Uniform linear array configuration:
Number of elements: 4
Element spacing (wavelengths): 1
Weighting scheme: kaiser
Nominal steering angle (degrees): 15
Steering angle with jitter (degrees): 15.722
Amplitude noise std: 0.05
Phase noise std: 0.05

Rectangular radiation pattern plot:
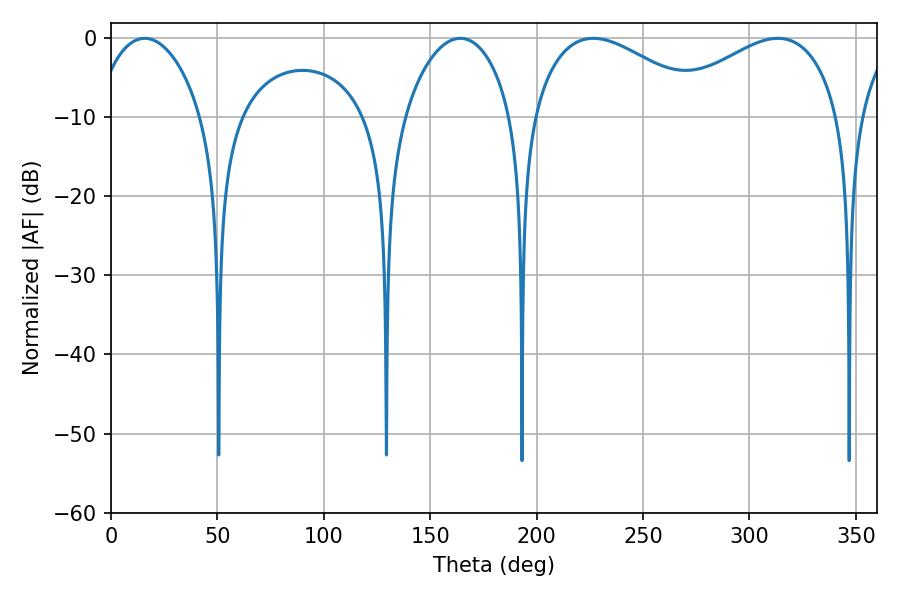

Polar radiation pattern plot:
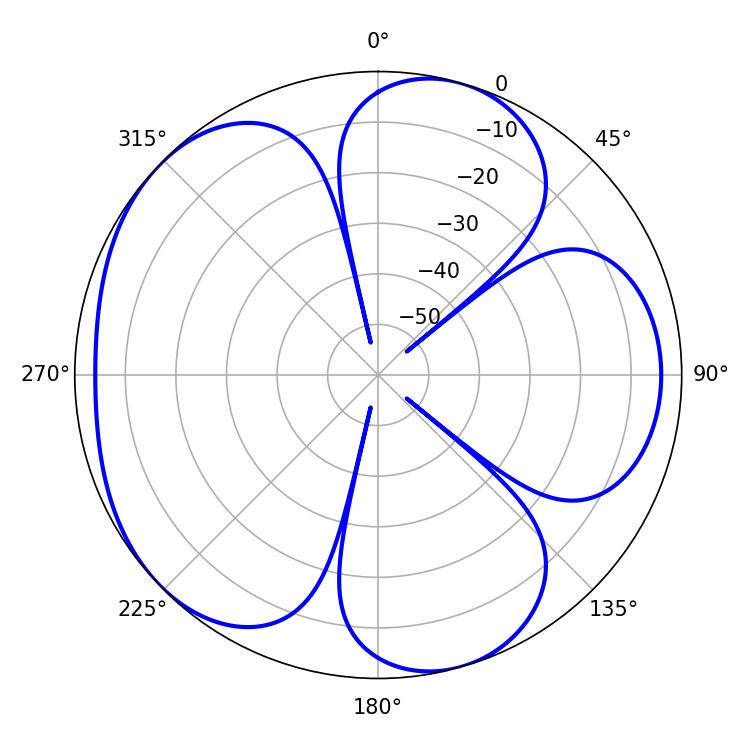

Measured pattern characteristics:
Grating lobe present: TRUE
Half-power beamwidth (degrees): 28.62
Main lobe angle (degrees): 15.84